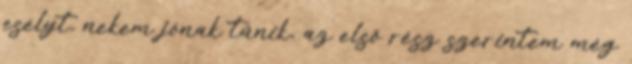
esélyt, nekem jónak tűnik, az első rész szerintem még